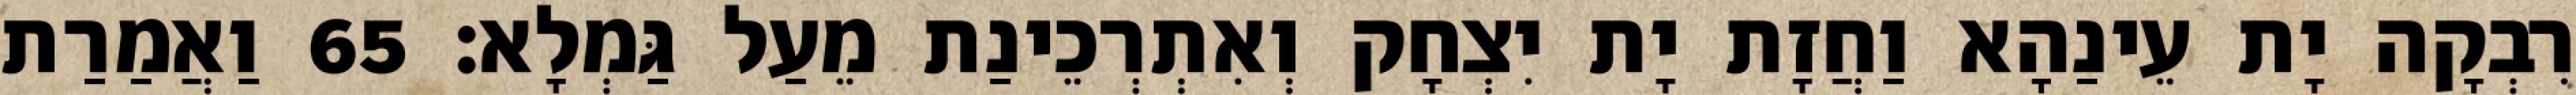
רִבְקָה יָת עֵינַהָא וַחֲזָת יָת יִצְחָק וְאִתְרְכֵינַת מֵעַל גַּמְלָא׃ 65 וַאֲמַרַת